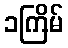
၁ကြိမ်